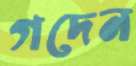
গদেন